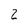
Character: 2